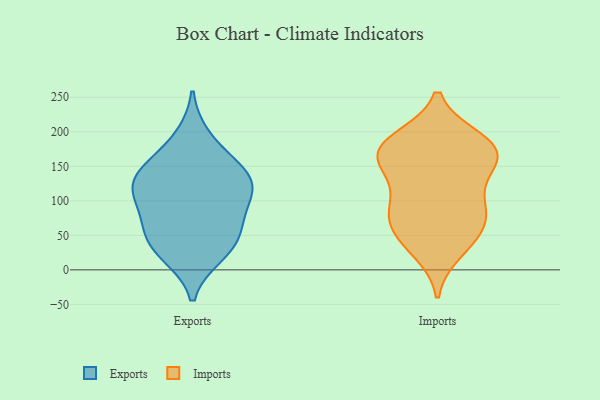
{"axis": {"x": "Active Users", "y": "Value"}, "legend": ["Exports", "Imports"], "data": [{"x": "", "y": 22, "type": "Exports"}, {"x": "", "y": 153, "type": "Exports"}, {"x": "", "y": 58, "type": "Exports"}, {"x": "", "y": 192, "type": "Exports"}, {"x": "", "y": 124, "type": "Exports"}, {"x": "", "y": 122, "type": "Exports"}, {"x": "", "y": 28, "type": "Exports"}, {"x": "", "y": 129, "type": "Exports"}, {"x": "", "y": 95, "type": "Exports"}, {"x": "", "y": 107, "type": "Exports"}, {"x": "", "y": 68, "type": "Exports"}, {"x": "", "y": 44, "type": "Exports"}, {"x": "", "y": 148, "type": "Exports"}, {"x": "", "y": 166, "type": "Imports"}, {"x": "", "y": 104, "type": "Imports"}, {"x": "", "y": 189, "type": "Imports"}, {"x": "", "y": 67, "type": "Imports"}, {"x": "", "y": 175, "type": "Imports"}, {"x": "", "y": 190, "type": "Imports"}, {"x": "", "y": 35, "type": "Imports"}, {"x": "", "y": 93, "type": "Imports"}, {"x": "", "y": 166, "type": "Imports"}, {"x": "", "y": 191, "type": "Imports"}, {"x": "", "y": 82, "type": "Imports"}, {"x": "", "y": 26, "type": "Imports"}, {"x": "", "y": 151, "type": "Imports"}, {"x": "", "y": 154, "type": "Imports"}, {"x": "", "y": 50, "type": "Imports"}, {"x": "", "y": 65, "type": "Imports"}, {"x": "", "y": 166, "type": "Imports"}, {"x": "", "y": 134, "type": "Imports"}, {"x": "", "y": 88, "type": "Imports"}]}